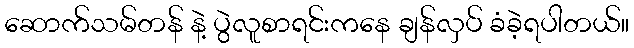
ဆောက်သမ်တန် နဲ့ ပွဲလူစာရင်းကနေ ချန်လှပ် ခံခဲ့ရပါတယ်။